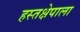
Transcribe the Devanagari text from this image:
हस्तक्षेपाला